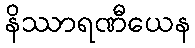
နိဿာရဏီယေန